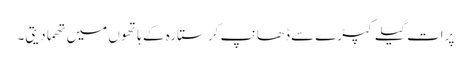
پرات گیلے کپڑے سے ڈھانپ کر ستارہ کے ہاتھوں میں تھما دیتی۔